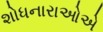
શોધનારાઓએ